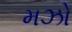
મઝો